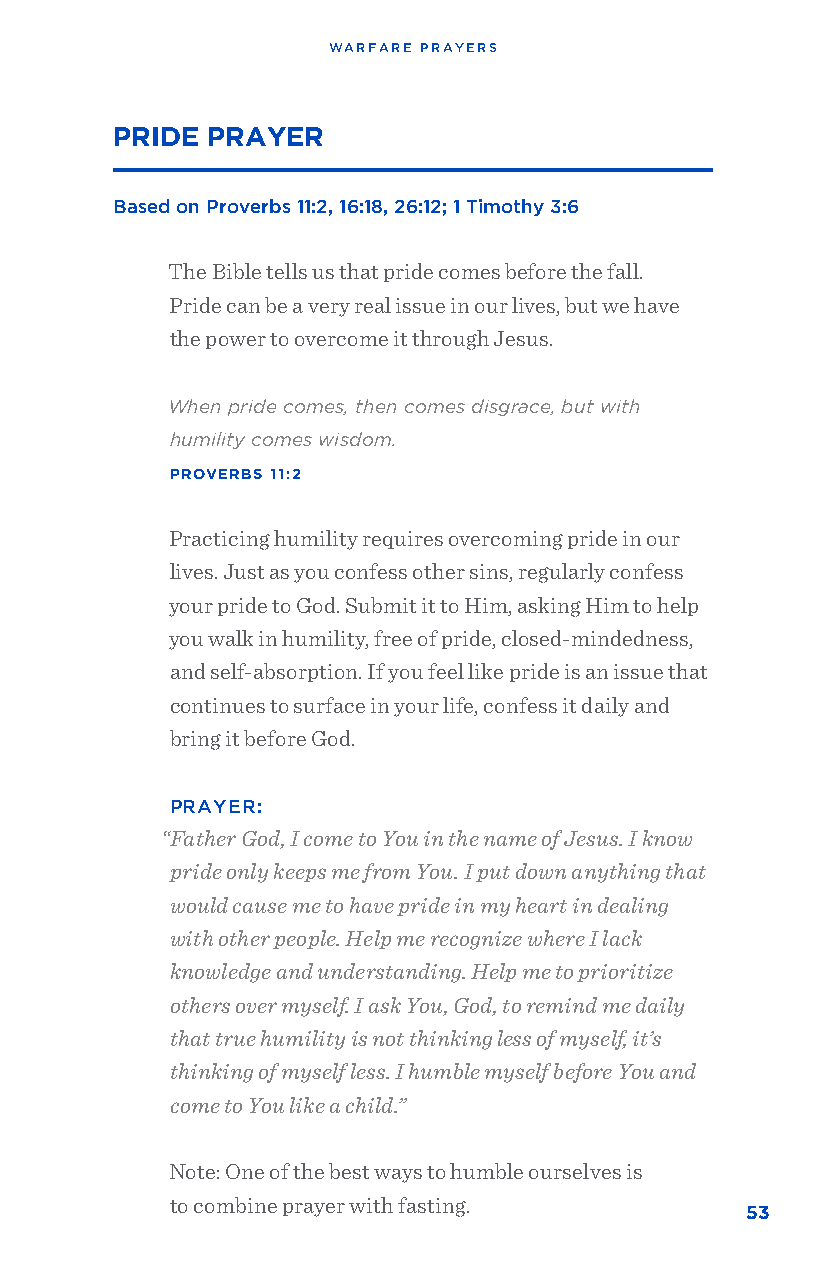
WARFARE PRAYERS
 PRIDE  PRAYER
 Based on Proverbs 11:2, 16:18, 26:12; 1 Timothy 3:6
 The Bible tells us that pride comes before the fall.
 Pride can be a very real issue in our lives, but we have
 the power to overcome it through Jesus.
 When pride comes, then comes disgrace, but with
 humility comes wisdom.
 PROVERBS 11:2
 Practicing humility requires overcoming pride in our
 lives. Just as you confess other sins, regularly confess
 your pride to God. Submit it to Him, asking Him to help
 you walk in humility, free of pride, closed-mindedness,
 and self-absorption. If you feel like pride is an issue that
 continues to surface in your life, confess it daily and
 bring it before God.
 PRAYER:
 “Father God, I come to You in the name of Jesus. I know
 pride only keeps me from You. I put down anything that
 would cause me to have pride in my heart in dealing
 with other people. Help me recognize where I lack
 knowledge and understanding. Help me to prioritize
 others over myself. I ask You, God, to remind me daily
 that true humility is not thinking less of myself, it’s
 thinking of myself less. I humble myself before You and
 come to You like a child.”
 Note: One of the best ways to humble ourselves is
 to combine prayer with fasting.
 53